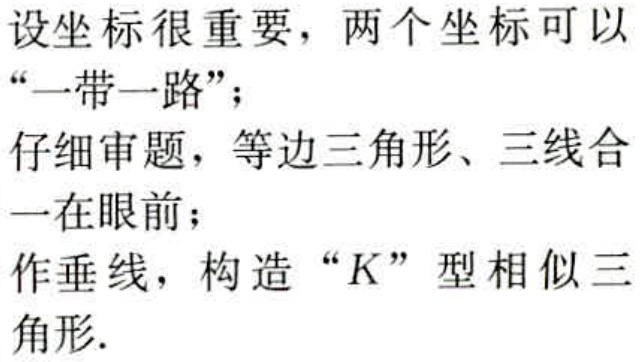
设坐标很重要，两个坐标可以“一带一路”；
仔细审题，等边三角形、三线合一在眼前；
作垂线，构造 “\(K\)” 型相似三角形.